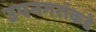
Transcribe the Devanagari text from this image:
उपनगरांकडे